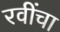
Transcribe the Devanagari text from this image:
रवींचा